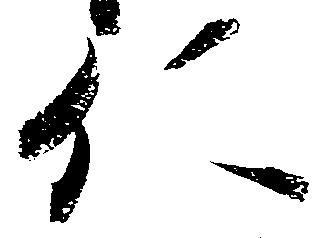
仁